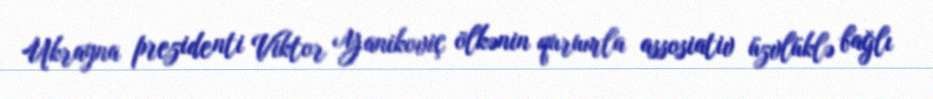
Ukrayna prezidenti Viktor Yanikoviç ölkənin qurumla assosiativ üzvlüklə bağlı